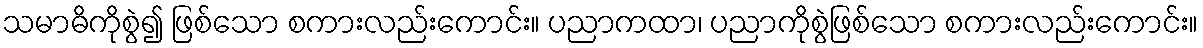
သမာဓိကိုစွဲ၍ ဖြစ်သော စကားလည်းကောင်း။ ပညာကထာ၊ ပညာကိုစွဲဖြစ်သော စကားလည်းကောင်း။